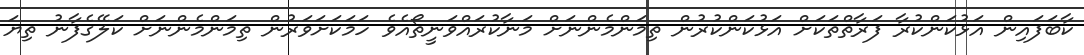
ކާބަފައިން އަޅުކަންކުރާ ފަރާތްތަކަށް އަޅުކަންކުރުން ތިމަންމެންނަށް މަނާކުރައްވަނީތޯއެވެ ހަމަކަށަވަރުން ތިމަންމެންނަށް ކަލޭގެފާނު ތިޔަ